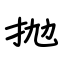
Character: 抛